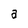
Character: a